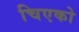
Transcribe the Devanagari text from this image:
चिएको